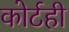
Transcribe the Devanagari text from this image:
कोर्टही